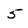
Character: 5